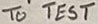
Text: TO TEST